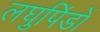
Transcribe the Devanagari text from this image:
लघुपिंडों